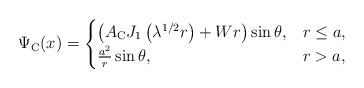
LaTeX: \begin{align*}\Psi_{\mathrm{C}}(x)= \begin{cases}\left(A_{\mathrm{C}} J_{1}\left(\lambda^{1 / 2} r\right)+Wr\right) \sin \theta, & r \leq a, \\ \frac{a^{2}}{r} \sin \theta, & r>a,\end{cases}\end{align*}